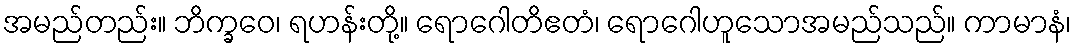
အမည်တည်း။ ဘိက္ခဝေ၊ ရဟန်းတို့။ ရောဂေါတိဧတံ၊ ရောဂေါဟူသောအမည်သည်။ ကာမာနံ၊